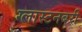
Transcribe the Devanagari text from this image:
ग्लास्टनबरी